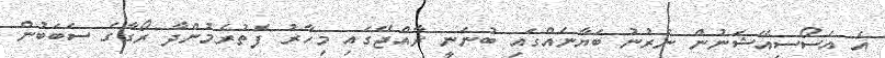
އެ އެސޯސިއޭޝަނުން ނެރުނު ބަޔާނެއްގައި ބުނަނީ ރާއްޖޭގައި މިހާރު ފެތުރެމުންދާ ރޯގާގެ ސަބަބުން